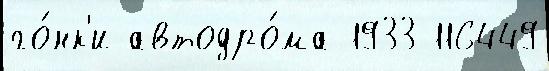
го́нк'и автодро́ма 1933 116449